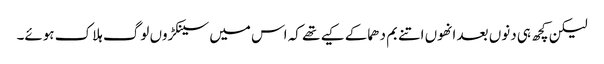
لیکن کچھ ہی دنوں بعد انھوں اتنے بم دھماکے کیے تھے کہ اس میں سینکڑوں لوگ ہلاک ہوئے۔